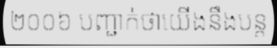
២០០៦ បញ្ជាក់ថាយើងនឹងបន្ត